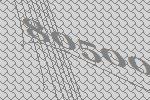
80500